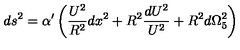
d s ^ { 2 } = { \alpha } ^ { \prime } \left( { \frac { U ^ { 2 } } { R ^ { 2 } } } d x ^ { 2 } + R ^ { 2 } { \frac { d U ^ { 2 } } { U ^ { 2 } } } + R ^ { 2 } d { \Omega } _ { 5 } ^ { 2 } \right)